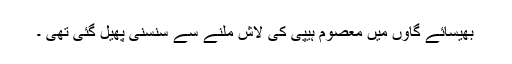
بھیسائے گاوں میں معصوم ہیپی کی لاش ملنے سے سنسنی پھیل گئی تھی ۔